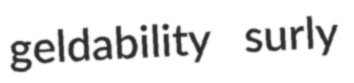
geldability surly